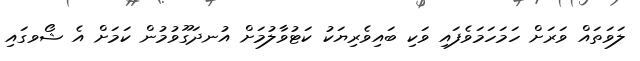
ލަވަތައް ވަރަށް ހަމަހަމަވެފައި ވަކި ބައިވެރިޔަކު ކަޓުވާލުމަށް އުނދަގޫވުމުން ކަމަށް އެ ޝޯވގައި